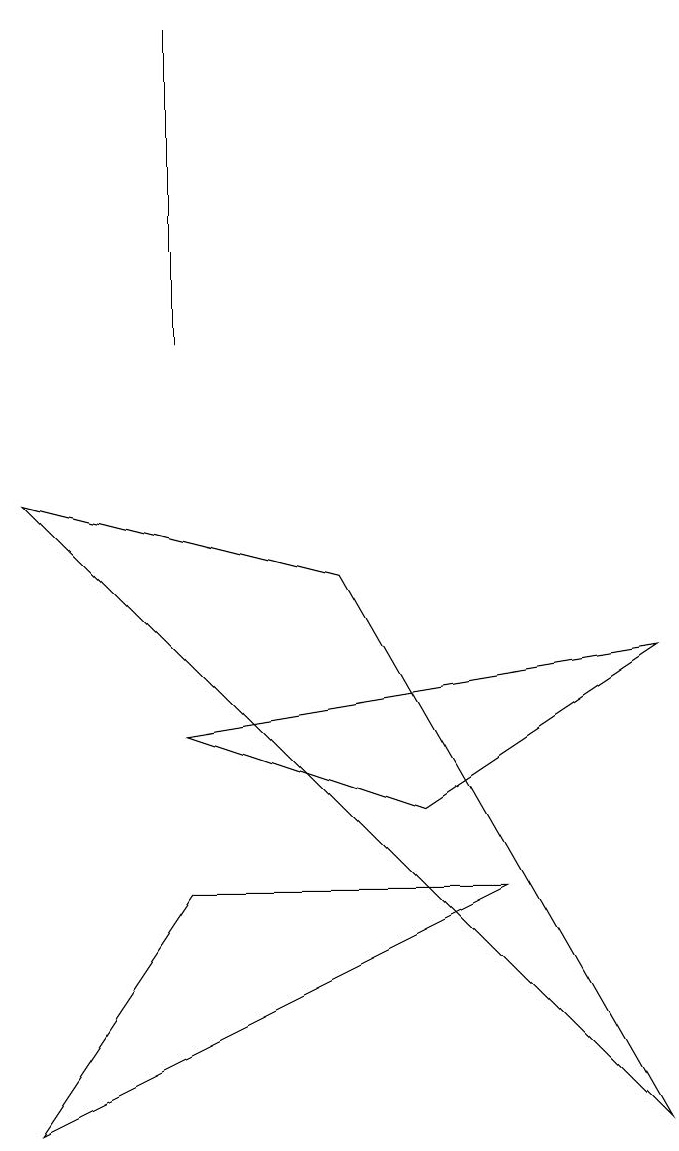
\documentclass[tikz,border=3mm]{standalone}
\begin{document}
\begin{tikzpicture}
\draw (2,6) -- (8,7) -- (5,5) -- cycle;
\draw (8,1) -- (4,8) -- (0,9) -- cycle;
\draw (2,4) -- (0,1) -- (6,4) -- cycle;
\draw (2,15) rectangle (2,11);
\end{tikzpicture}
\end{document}